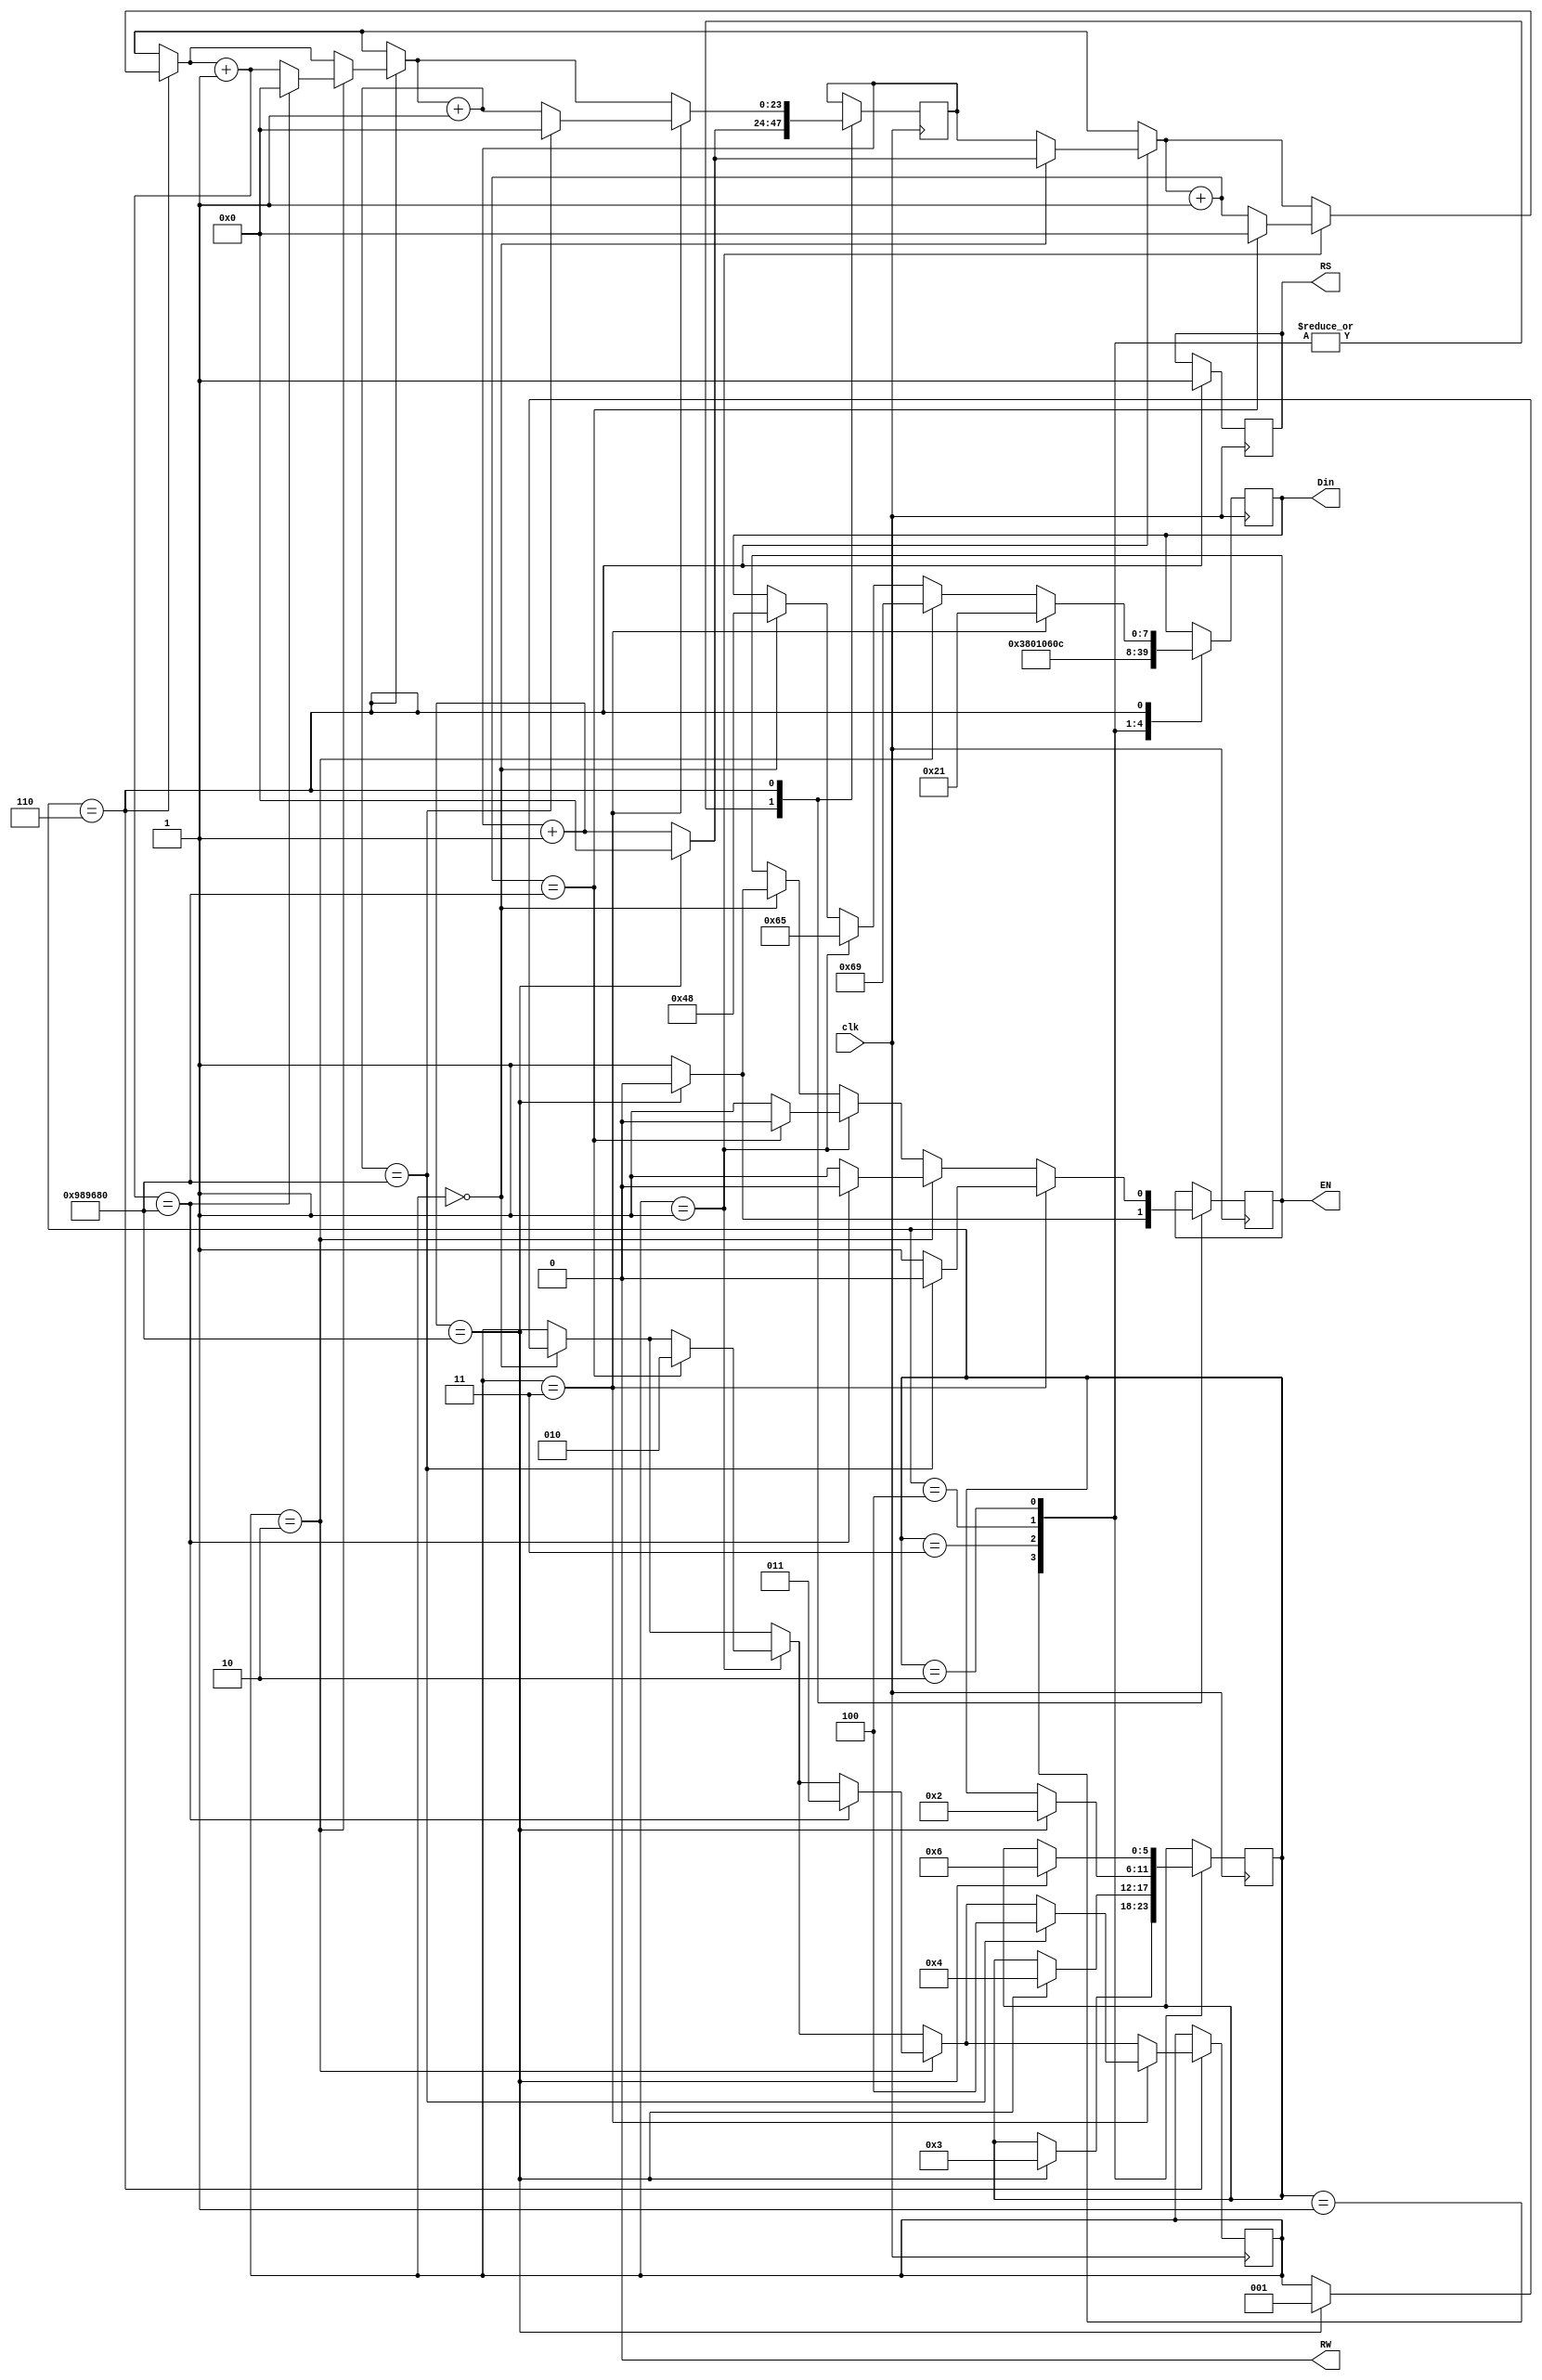
//:	hei!

module LCD_hello
(
	input clk,
	
	output reg [7:0] Din, // 
	//RS: 0-, 1- data _ RW: 0- write, 1- read
	output reg RS, RW,
	output reg EN //enable
		
);
reg [2:0] a; // .  -  
reg [5:0] state, nextstate;

//50MHz * 200ms = 10000000 .    200
reg [23:0] count;

parameter init =3'b001; //:  8 , 2 
parameter up =3'b010; // 
parameter clear =3'b011; // 
parameter addr_incr =3'b100; //          
//parameter cursor_incr =3'b101; // 
parameter data_writing =3'b110; //  


initial 
begin
	a=3'b000;
	state = init;
	nextstate = init;
	RW = 0; 
	RS=0; 
	EN = 0; 
end



//  1  
always @(posedge clk)
begin 
state = nextstate;

	case (state)
		
		init: 
		begin
			EN = 1;
			Din = 8'b00111000;
			count = count + 1;
			if (count==10000000)
			begin
				EN = 0;
				count=0;
				nextstate = clear;
			end
			else 
				nextstate = state;
		end
		
		
		clear:
		begin
			EN = 1;
			Din = 8'b00000001;
			count = count + 1;
			if (count==10000000)
			begin
				EN = 0;
				count=0;
				nextstate = addr_incr;
			end
			else 
				nextstate = state;
		end
		
	
		addr_incr:
		begin
			EN = 1;
			Din = 8'b00000110;
			count = count + 1;
			if (count==10000000)
			begin
				EN = 0;
				count=0;
				nextstate = up;
			end
			else 
				nextstate = state;
		end
		
	
		up:
		begin
			EN = 1;
			Din = 8'b00001100;
			count = count + 1;
			if (count==10000000)
			begin
				EN = 0;
				count=0;
				nextstate = data_writing;//cursor_incr;
			end
			else 
				nextstate = state;
		end
		
		/*
		cursor_incr:
		begin
			EN = 1;
			Din = 8'b00010100;
			count = count + 1;
			if (count==10000000)
			begin
				EN = 0;
				count=0;
				nextstate = data_writing;
			end
			else 
				nextstate = state;
		end
		*/
		
		data_writing:
		begin
			RS = 1;
			
			//H
			if (a==3'b000)
			begin
				EN = 1;
				Din = 8'b01001000;
				count = count + 1;
				if (count==10000000)
				begin
					EN = 0;
					count=0;
					a <= 3'b001;
				end
				else 
					nextstate = state;
			end	
			
			
			//e
			if (a==3'b001)
			begin
				EN = 1;
				Din = 8'b01100101;
				count = count + 1;
				if (count==10000000)
				begin
					EN = 0;
					count=0;
					a<=3'b010;
				end
				else 
					nextstate = state;			
			end
			
			//i
			if (a==3'b010)
			begin
				EN = 1;
				Din = 8'b01101001;
				count = count + 1;
				if (count==10000000)
				begin
					EN = 0;
					count=0;
					a<=3'b011;
				end
				else 
					nextstate = state;
			end
				
			//!
			if (a==3'b011)
			begin
				EN = 1;
				Din = 8'b00100001;
				count = count + 1;
				if (count==10000000)
				begin
					EN = 0;
					count=0;
					a<=3'b100;//    akways-
				end
				else 
					nextstate = state;
			end	
			
		end
	endcase;	
end


endmodule